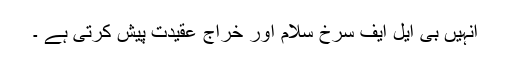
انہیں بی ایل ایف سرخ سلام اور خراج عقیدت پیش کرتی ہے ۔